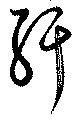
紆